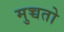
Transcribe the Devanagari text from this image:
मुच्चतो